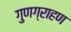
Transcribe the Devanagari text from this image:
गुणग्राहण